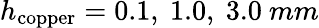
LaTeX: h_{\mathrm{copper}}=0.1,\ 1.0,\ 3.0\ mm